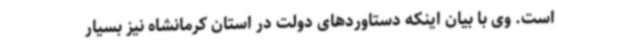
است. وی با بیان اینکه دستاوردهای دولت در استان کرمانشاه نیز بسیار